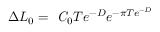
\Delta { \cal L } _ { 0 } = \mathrm { \it ~ C } _ { 0 } T e ^ { - D } e ^ { - \pi T e ^ { - D } }